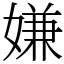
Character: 嫌